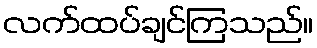
လက်ထပ်ချင်ကြသည်။